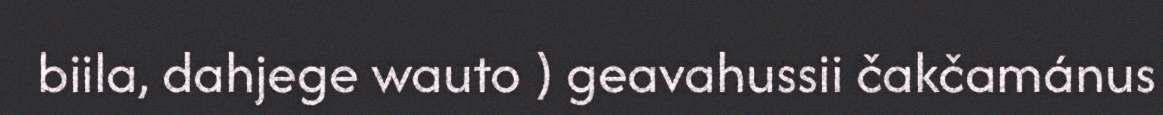
biila, dahjege wauto ) geavahussii čakčamánus